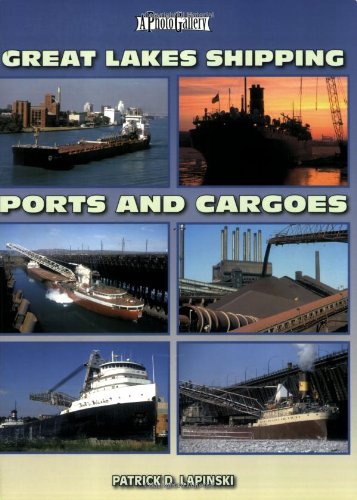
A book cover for Great Lakes Shipping Ports & Cargoes (Photo Gallery); Patrick D. Lapinski; Arts & Photography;